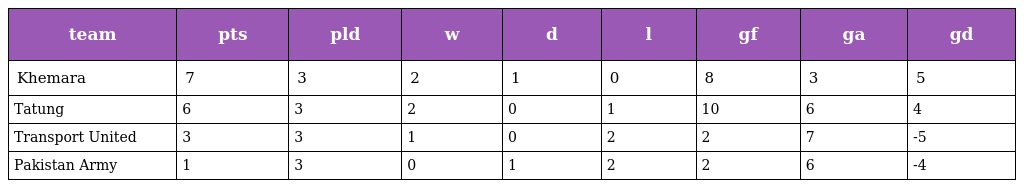
| team | pts | pld | w | d | l | gf | ga | gd |
 | --- | --- | --- | --- | --- | --- | --- | --- | --- |
 | Khemara | 7 | 3 | 2 | 1 | 0 | 8 | 3 | 5 |
 | Tatung | 6 | 3 | 2 | 0 | 1 | 10 | 6 | 4 |
 | Transport United | 3 | 3 | 1 | 0 | 2 | 2 | 7 | -5 |
 | Pakistan Army | 1 | 3 | 0 | 1 | 2 | 2 | 6 | -4 |